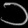
Digit: ၁